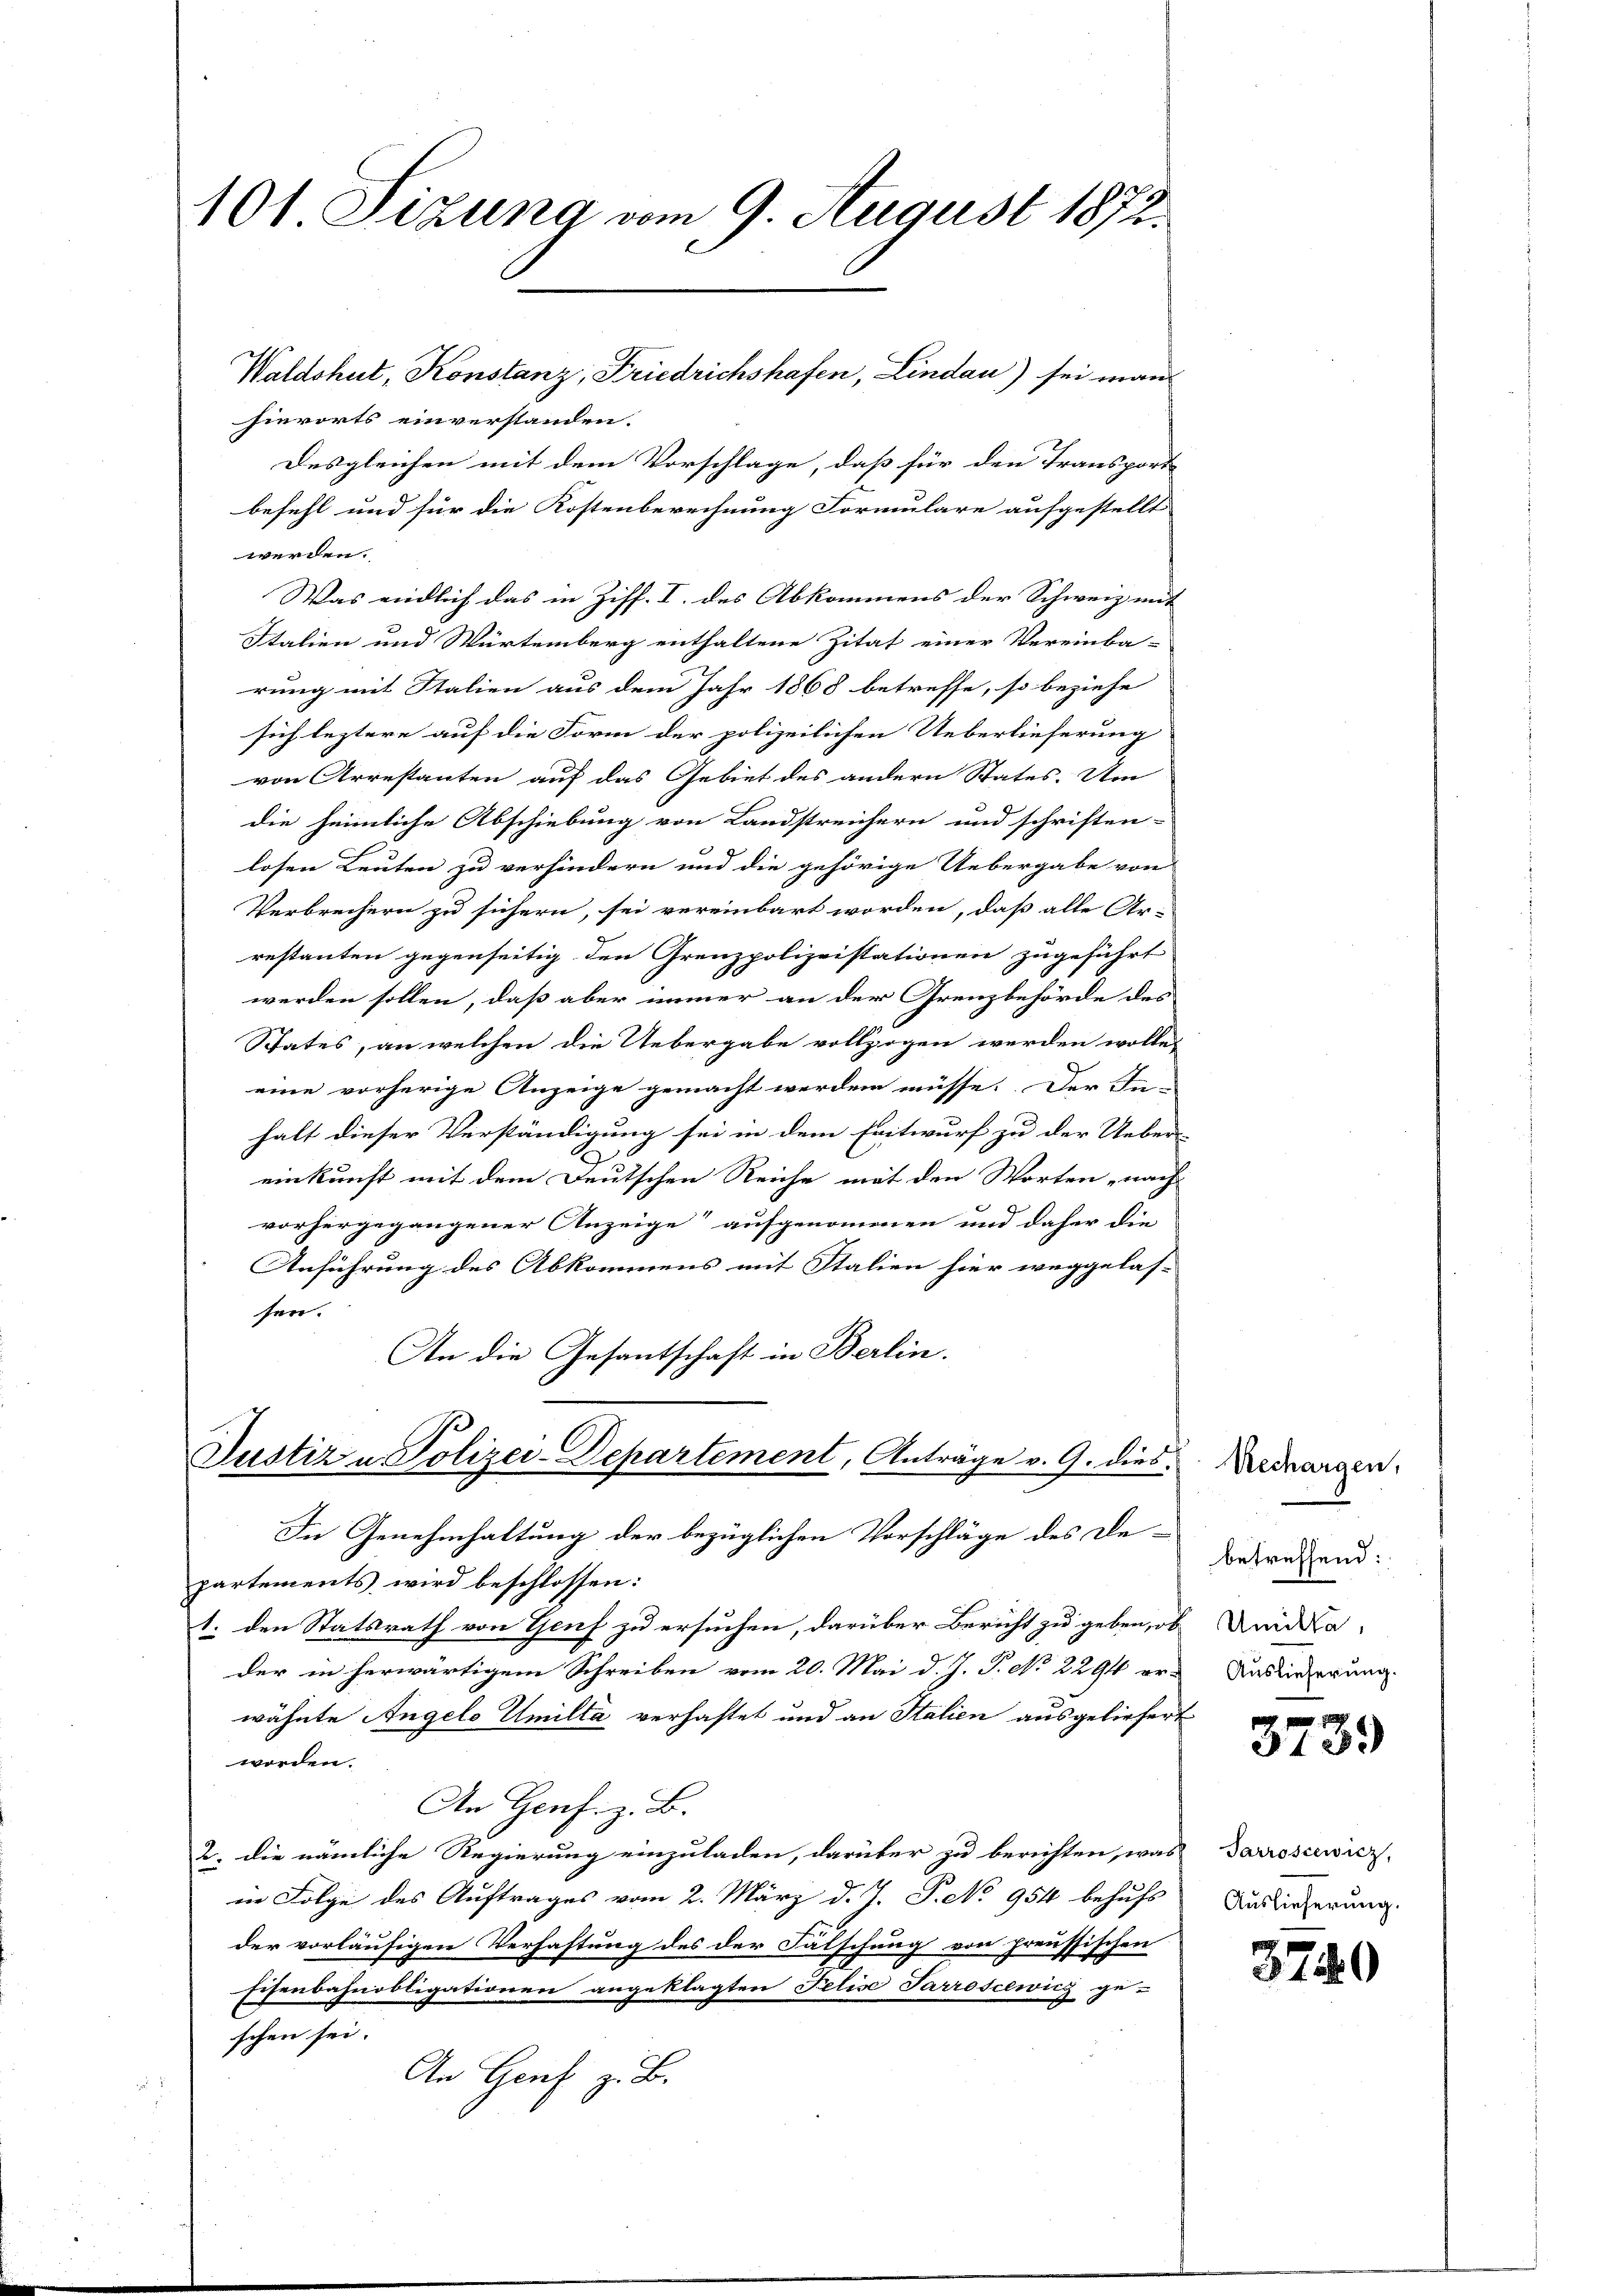
101 Sizung vom 9. August 1873.

Waldshut, Konstanz, Friedrichshafen, Lindau) sei man

hierorts einverstanden.
Desgleichen mit dem Vorschlage, daß für den Transport
befehl und für die Kostenberechnung Formulare aufgestellt
werden.
Was endlich das in Ziff. I. des Abkommens der Schweiz mit
Italien und Würtemberg enthaltene Zitat einer Vereinba-
rung mit Stalien aus dem Jahr 1868 betreffe, so beziehe
sich leztere auf die Form der polizeilichen Ueberlieferung
von Arrestanten auf das Gebiet des andern Status. Um
die heimliche Abschiebung von Landstreichern und schriften-
losen Leuten zu verhindern und die gehörige Uebergabe von
Verbrechern zu sichern, sei vereinbart worden, daß alle Ar-
restanten gegenseitig den Grenzpolizeistationen zugeführt
werden sollen, daß aber immer an der Grenzbehörde des
States, an welchen die Uebergabe vollzogen werden wolle,
eine vorherige Anzeige gemacht werden müsse. Der In-
halt dieser Verständigung sei in dem Entwurf zu der Ueber-
einkunft mit dem Deutschen Reiche mit den Worten nach
vorhergegangener Anzeige“ aufgenommen und daher die
Anführung des Abkommens mit Italien hier weggelas-
sen.
An die Gesantschaft in Berlin.
Justiz u. Polizei-Departement, Anträge v. 9. dies
In Genehmhaltung der bezüglichen Vorschläge des De-
partements wird beschlossen:
1. den Statsrath von Genf zu ersuchen, darüber Bericht zu geben, ob und dader in herwärtigem Schreiben vom 20. Mai d. J. P. No 2294 er-
wähnte Angelo Umiltä verhaftet und an Stalien ausgeliefert
worden.
An Genf. z. B.
2. die nämliche Regierung einzuladen, darüber zu berichten, was
in Folge des Auftrages vom 2. März d. J. P. No 954 behufs
der vorläufigen Verhaftung des der Falschung von preussischen
Eisenbahnobligationen angeklagten Felise Parroscewicz ge-
schen sei.
An Genf z. B.

Rechargen,
betreffend:
Auslieferung.

373.

Parroscewicz,
Auslieferung.

3740